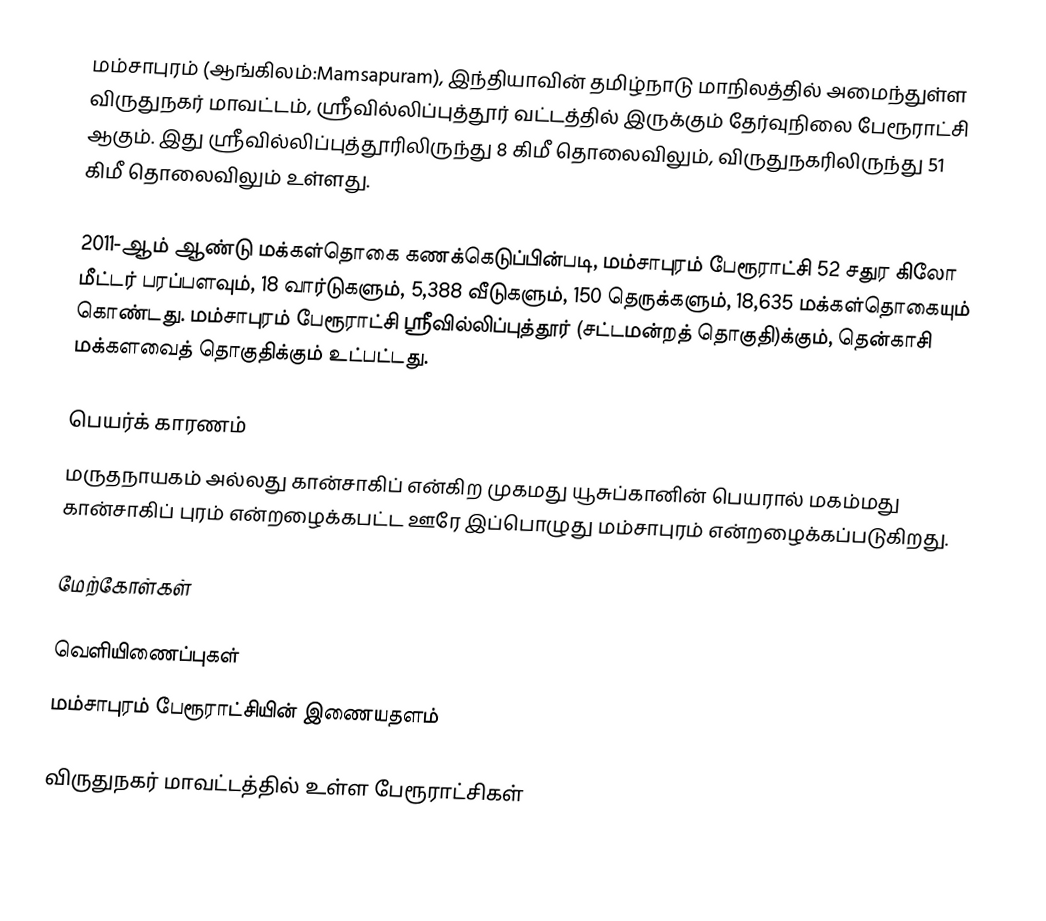
மம்சாபுரம் (ஆங்கிலம்:Mamsapuram), இந்தியாவின் தமிழ்நாடு மாநிலத்தில் அமைந்துள்ள விருதுநகர் மாவட்டம், ஸ்ரீவில்லிப்புத்தூர் வட்டத்தில் இருக்கும் தேர்வுநிலை பேரூராட்சி ஆகும். இது ஸ்ரீவில்லிப்புத்தூரிலிருந்து 8 கிமீ தொலைவிலும்,  விருதுநகரிலிருந்து 51 கிமீ தொலைவிலும் உள்ளது.

2011-ஆம் ஆண்டு மக்கள்தொகை கணக்கெடுப்பின்படி, மம்சாபுரம்  பேரூராட்சி 52 சதுர கிலோ மீட்டர் பரப்பளவும், 18 வார்டுகளும், 5,388   வீடுகளும், 150 தெருக்களும், 18,635 மக்கள்தொகையும் கொண்டது.  மம்சாபுரம் பேரூராட்சி ஸ்ரீவில்லிப்புத்தூர் (சட்டமன்றத் தொகுதி)க்கும், தென்காசி மக்களவைத் தொகுதிக்கும் உட்பட்டது.

பெயர்க் காரணம்
மருதநாயகம் அல்லது கான்சாகிப் என்கிற முகமது யூசுப்கானின் பெயரால் மகம்மது கான்சாகிப் புரம் என்றழைக்கபட்ட ஊரே இப்பொழுது மம்சாபுரம் என்றழைக்கப்படுகிறது.

மேற்கோள்கள்

வெளியிணைப்புகள்
 மம்சாபுரம் பேரூராட்சியின் இணையதளம்

விருதுநகர் மாவட்டத்தில் உள்ள பேரூராட்சிகள்